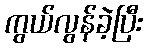
ကွယ်လွန်ခဲ့ပြီး